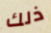
ذلك